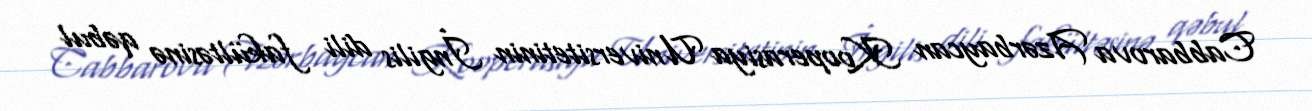
Cabbarova Azərbaycan Kooperasiya Universitetinin İngilis dili fakültəsinə qəbul